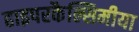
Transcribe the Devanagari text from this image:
हाइपरकैल्सिमीया